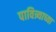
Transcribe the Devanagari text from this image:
पावित्र्याच्या